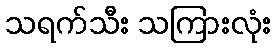
သရက်သီး သကြားလုံး